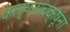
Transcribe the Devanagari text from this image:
कल्पनाचक्षूंना